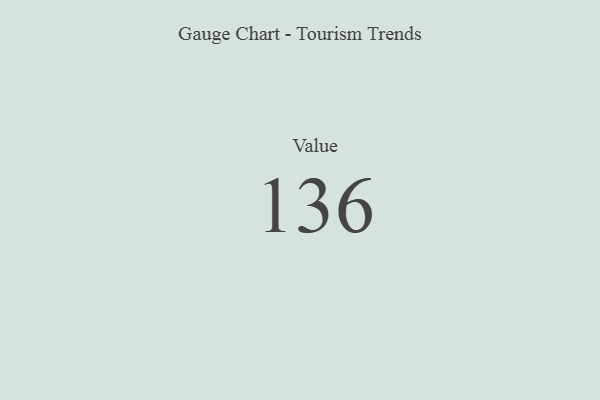
{"axis": {"x": "Metric", "y": "Value"}, "legend": [""], "data": [{"x": "Value", "y": 136, "type": ""}]}